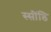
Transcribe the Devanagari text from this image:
स्सींिड